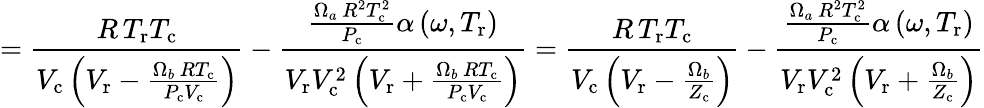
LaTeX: ={\frac{R\, T_{\mathrm{r}}T_{\mathrm{c}}}{V_{\mathrm{c}}\left(V_{\mathrm{r}}-{\frac{\Omega_{b}\, RT_{\mathrm{c}}}{P_{\mathrm{c}}V_{\mathrm{c}}}}\right)}}-{\frac{{\frac{\Omega_{a}\, R^{2}T_{\mathrm{c}}^{2}}{P_{\mathrm{c}}}}\alpha\left(\omega,T_{\mathrm{r}}\right)}{V_{\mathrm{r}}V_{\mathrm{c}}^{2}\left(V_{\mathrm{r}}+{\frac{\Omega_{b}\, RT_{\mathrm{c}}}{P_{\mathrm{c}}V_{\mathrm{c}}}}\right)}}={\frac{R\, T_{\mathrm{r}}T_{\mathrm{c}}}{V_{\mathrm{c}}\left(V_{\mathrm{r}}-{\frac{\Omega_{b}}{Z_{\mathrm{c}}}}\right)}}-{\frac{{\frac{\Omega_{a}\, R^{2}T_{\mathrm{c}}^{2}}{P_{\mathrm{c}}}}\alpha\left(\omega,T_{\mathrm{r}}\right)}{V_{\mathrm{r}}V_{\mathrm{c}}^{2}\left(V_{\mathrm{r}}+{\frac{\Omega_{b}}{Z_{\mathrm{c}}}}\right)}}